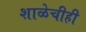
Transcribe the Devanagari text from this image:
शाळेचीही